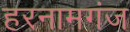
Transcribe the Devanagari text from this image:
हरनामगंज